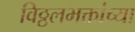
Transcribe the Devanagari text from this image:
विठ्ठलभक्तांच्या